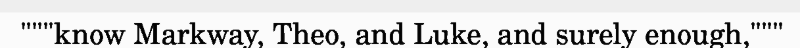
"""know Markway, Theo, and Luke, and surely enough,"""